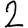
Digit: 2